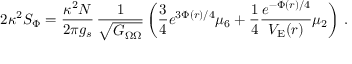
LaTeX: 2 \kappa ^ { 2 } S _ { \Phi } = { \frac { \kappa ^ { 2 } N } { 2 \pi g _ { s } } } \, { \frac { 1 } { \sqrt { G _ { \Omega \Omega } } } } \left( { \frac { 3 } { 4 } } { e ^ { 3 \Phi ( r ) / 4 } } \mu _ { 6 } + { \frac { 1 } { 4 } } { \frac { e ^ { - \Phi ( r ) / 4 } } { V _ { \mathrm { E } } ( r ) } } \mu _ { 2 } \right) \, .